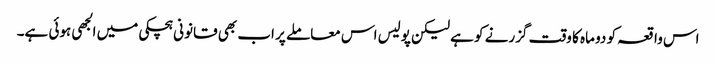
اس واقعہ کو دو ماہ کا وقت گزرنے کو ہے لیکن پولیس اس معاملے پر اب بھی قانونی ہچکی میں الجھی ہوئی ہے۔